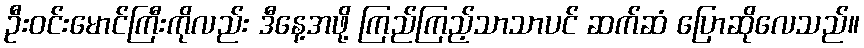
ဦးဝင်းမောင်ကြီးကိုလည်း ဒီနေ့အဖို့ ကြည်ကြည့်သာသာပင် ဆက်ဆံ ပြောဆိုလေသည်။